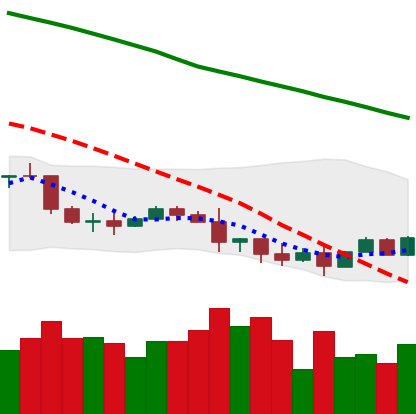
Ticker: NEO-USD
Chart end date: 2022-01-14
Forward return: -3.92%
Label: down_3_5